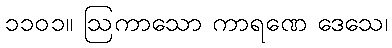
၁၁၀၁။ ဩကာသော ကာရဏေ ဒေသေ၊